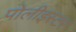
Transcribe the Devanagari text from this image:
पोलीइस्टर